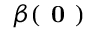
\beta ( \textbf { 0 } )